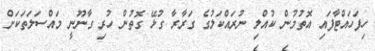
ހިފަަހައްޓާފައި އޮތުމުން ކުއްލި ނުރައްކަލުގެ ގަރާރާ ގުޅޭ ގޮތުން ހުރި ގާނޫނީ މައްސަލަތަކަށް